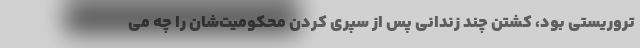
تروریستی بود، کشتن چند زندانی پس از سپری کردن محکومیت‌شان را چه می